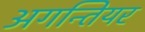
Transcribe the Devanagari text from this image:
अगन्तियर